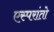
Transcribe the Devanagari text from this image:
एस्परांतो